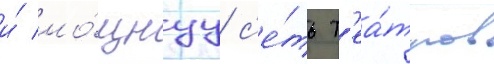
и́ мо́щнуу с'е́ть т'еа́тров